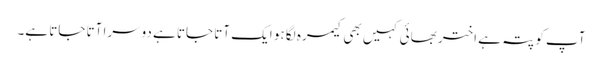
آپ کو پتہ ہے اختر بھائی کہیں بھی کیمرہ لگا ہو ایک آتا جاتا ہے دوسرا آتا جاتا ہے۔